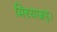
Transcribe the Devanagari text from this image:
मिथ्याग्रह।